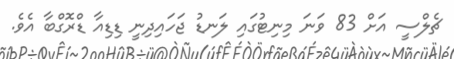
ޗެލްސީ އަށް 83 ވަނަ މިނިޓުގައި ލަނޑު ޖަހައިދިނީ ޑިޑިއާ ޑްރޮގްބާ އެވެ.